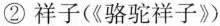
②祥子(《骆驼祥子》)